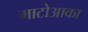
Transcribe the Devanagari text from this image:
माटोआका